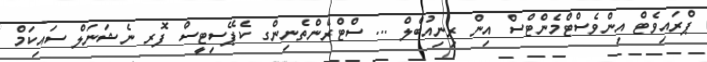
ޕްރައިވެޓް އިންވެސްޓްމެންޓްސް އިން ރިނިއުބްލް ... ސްޓްރެންތެނިންގ ކެޕޭސިޓީސް ފޮރ ނެޝަނަލް ސައިކަމް